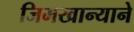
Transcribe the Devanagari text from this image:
जिमखान्याने